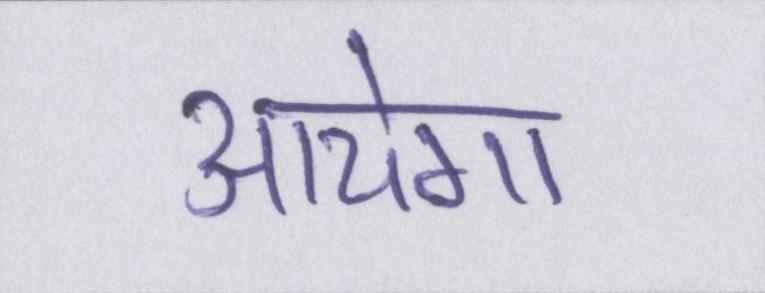
आयेगा